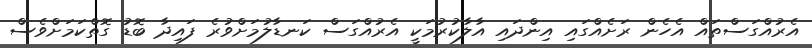
އެރުއްގަސްތައް އެހެން ރަށެއްގައި އިންދައި އާލާކުރުމަކީ އެރުއްގަސް ކަނޑާލުމަށްވުރެ ފައިދާ ބޮޑު ގޮތްކަމަށްވެސް